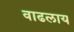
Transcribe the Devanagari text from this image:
वाढलाय